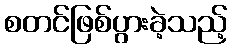
စတင်ဖြစ်ပွားခဲ့သည့်